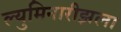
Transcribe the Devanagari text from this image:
ल्युमिनारीझला